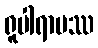
ရူပါရာမဿ